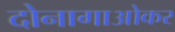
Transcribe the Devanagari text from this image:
दोनागाओकर